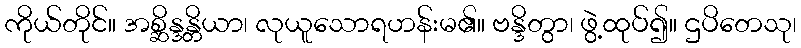
ကိုယ်တိုင်။ အစ္ဆိန္ဒန္တိယာ၊ လုယူသောရဟန်းမ၏။ ဗန္ဒိတွာ၊ ဖွဲ့ထုပ်၍။ ဌပိတေသု၊